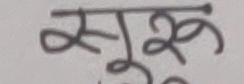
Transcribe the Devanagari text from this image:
स्कूल